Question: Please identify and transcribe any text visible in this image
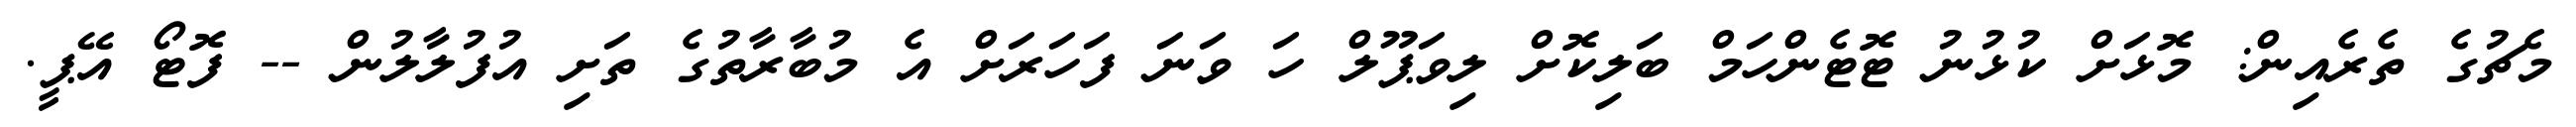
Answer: މެޗުގެ ތެރެއިން: މޮޅަށް ކުޅުނު ޓޮޓެންހަމް ބަލިކޮށް ލިވަޕޫލް ހަ ވަނަ ފަހަރަށް އެ މުބާރާތުގެ ތަށި އުފުލާލުން -- ފޮޓޯ އޭޕީ.